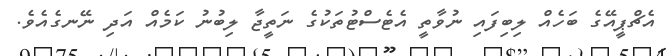
އެޗްޕީއޭގެ ބަހެއް ލިބިފައި ނުވާތީ އެޓެސްޓުތަކުގެ ނަތީޖާ ލިބުނު ކަމެއް އަދި ނޭނގެއެވެ.